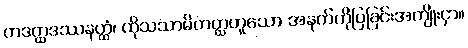
တဒတ္ထဒဿနတ္ထံ၊ ထိုသသာမိတတ္ထဟူသော အနက်ကိုပြခြင်းအကျိုးငှာ။